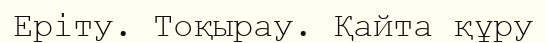
Еріту. Тоқырау. Қайта құру